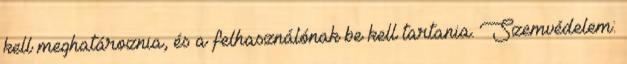
kell meghatároznia, és a felhasználónak be kell tartania. Szemvédelem: